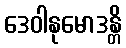
ဒေဝါနုမောဒန္တိ